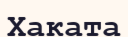
Хаката